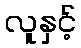
လူနှင့်